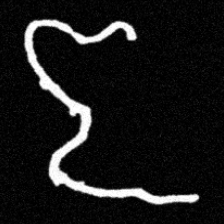
Pyu character \u2014 Myanmar letter: ဇ (romanized: ja)